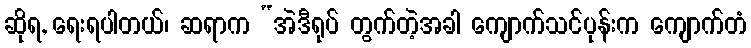
ဆိုရ, ရေးရပါတယ်၊ ဆရာက “အဲဒီရုပ် တွက်တဲ့အခါ ကျောက်သင်ပုန်းက ကျောက်တံ